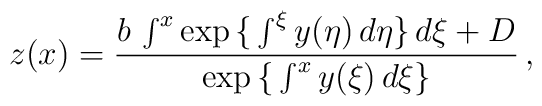
z(x)=\frac{b\,\int^x\exp\big\{\int^\xi y(\eta)\,d\eta\big\}\,d\xi+D}{\exp\big\{\int^x y(\xi)\,d\xi \big\}}\,,